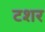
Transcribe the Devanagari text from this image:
टशर